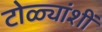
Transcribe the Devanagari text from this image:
टोळ्यांशीं